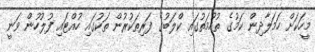
މީހަކަށް ހަމަލާދިން ކަމުގެ ތުހުމަތުގައި ކްލަބުގެ ފަރިތަކުރުން ތަކުގައި ހުއްޓައި ފުލުހުން ވަނީ